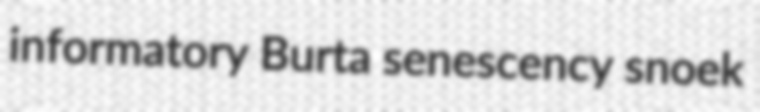
informatory Burta senescency snoek